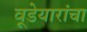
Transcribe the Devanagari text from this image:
वूडेयारांचा